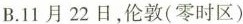
B.11月22日，伦敦(零时区)